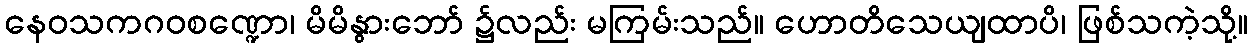
နေဝသကဂဝစဏ္ဍော၊ မိမိနွားဘော် ၌လည်း မကြမ်းသည်။ ဟောတိသေယျထာပိ၊ ဖြစ်သကဲ့သို့။